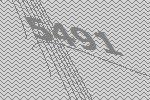
5491